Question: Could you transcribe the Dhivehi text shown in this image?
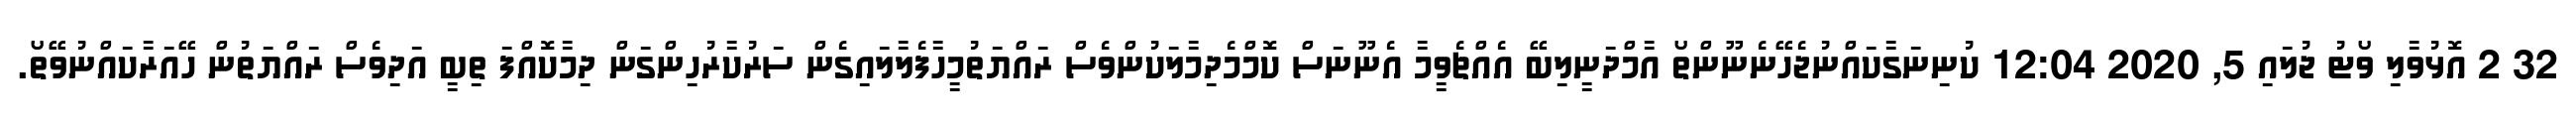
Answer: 32 2 އޮޅުވާލި ވޯޓު ޖުލައި 5, 2020 12:04 ކުނިނަގާކައްނުޖެހޭނެނޫންތޯ އާމްދަނީލިބޭ އެއްޗެވީމާ އެނޫނަސް ކޮމްމެދިމާލަކުންވެސް ރައްޔަތުމީހާފެލާލައިގެން ސަރުކާރުހިންގަން ދިމާކޮއްފަ ތިބީ އަދިވެސް ރައްޔަތުން ހޭއަރާކައްނުވޭތޯ.